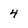
Character: 4